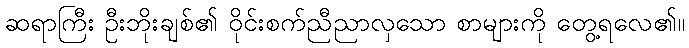
ဆရာကြီး ဦးဘိုးချစ်၏ ဝိုင်းစက်ညီညာလှသော စာများကို တွေ့ရလေ၏။